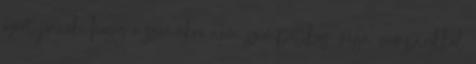
azért jönnek, hogy a számukra nem szimpatikus 'vega' vámpírokkal